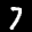
Label: 7